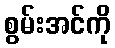
စွမ်းအင်ကို